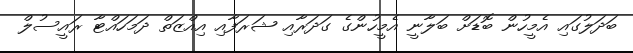
ބަދަލުގައި އެމީހުން ބޮޑަށް ބަލާނީ އެމީހުންގެ ގަދަރާއި ޝަރަފާއި އިއްޒަތް ދަމަހައްޓާ ރައީސުލް